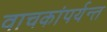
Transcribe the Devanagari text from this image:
वाचकांपर्यन्त